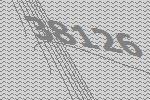
38126